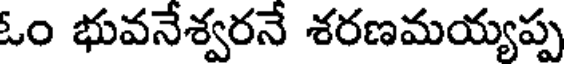
ఓం భువనేశ్వరనే శరణమయ్యప్ప